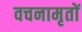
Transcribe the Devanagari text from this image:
वचनामृतों